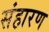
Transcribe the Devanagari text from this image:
संहारण